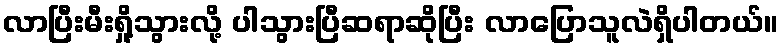
လာပြီးမီးရှို့သွားလို့ ပါသွားပြီဆရာဆိုပြီး လာပြောသူလဲရှိပါတယ်။